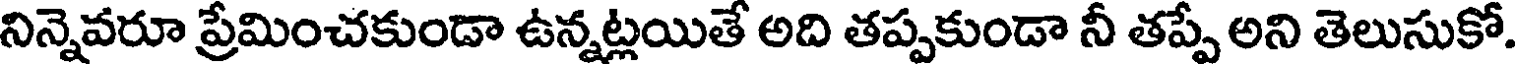
నిన్నెవరూ ప్రేమించకుండా ఉన్నట్లయితే అది తప్పకుండా నీ తప్పే అని తెలుసుకో.